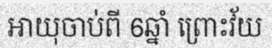
អាយុចាប់ពី 6ឆ្នាំ ព្រោះវ័យ